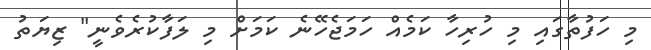
މި ހަފުތާގައި މި ހުރިހާ ކަމެއް ހަމަޖެހޭނެ ކަމަށް މި ލަފާކުރެވެނީ" ޒިޔަތު